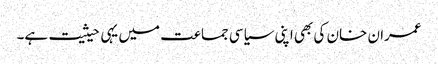
عمران خان کی بھی اپنی سیاسی جماعت میں یہی حیثیت ہے۔